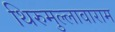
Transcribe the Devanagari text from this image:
थिरुमुल्लावाराम